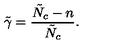
\tilde { \gamma } = \frac { \tilde { N } _ { c } - n } { \tilde { N } _ { c } } .